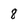
Character: 8